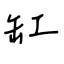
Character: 缸